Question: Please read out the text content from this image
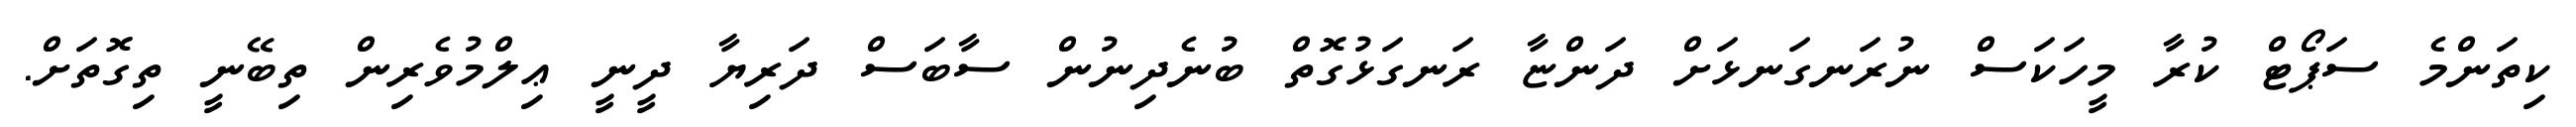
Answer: ކިތަންމެ ސަޕޯޓް ކުރާ މީހަކަސް ނުރަނގަނޅަށް ދަންޏާ ރަނގަޅުގޮތް ބުނެދިނުން ސާބަސް ދަރިޔާ ދީނީ ޢިލްމުވެރިން ތިބޭނީ ތިގޮތަށް.